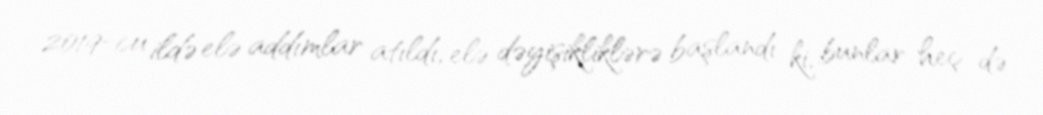
2019-cu ildə elə addımlar atıldı, elə dəyişikliklərə başlandı ki, bunlar heç də